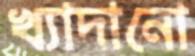
খ্যাদানো